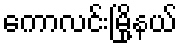
ကောလင်းမြို့နယ်